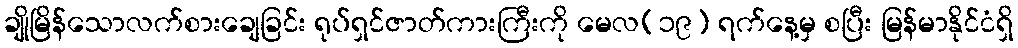
ချိုမြိန်သောလက်စားချေခြင်း ရုပ်ရှင်ဇာတ်ကားကြီးကို မေလ(၁၉) ရက်နေ့မှ စပြီး မြန်မာနိုင်ငံရှိ